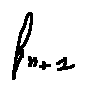
f _ { n + 1 }